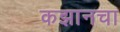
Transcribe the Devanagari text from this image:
कझानचा